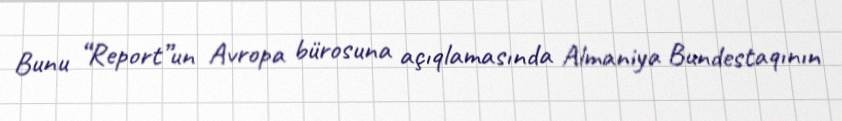
Bunu “Report”un Avropa bürosuna açıqlamasında Almaniya Bundestaqının